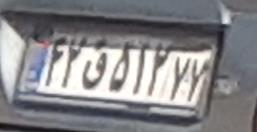
۴۲ق۵۱۲۷۷